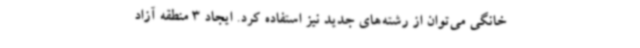
خانگی می‌توان از رشته‌های جدید نیز استفاده کرد. ایجاد 3 منطقه آزاد